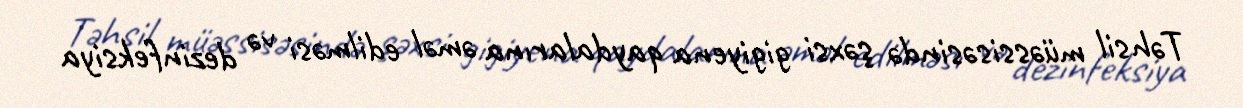
Təhsil müəssisəsində şəxsi gigiyena qaydalarına əməl edilməsi və dezinfeksiya